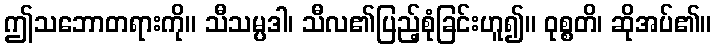
ဤသဘောတရားကို။ သီသမ္ပဒါ၊ သီလ၏ပြည့်စုံခြင်းဟူ၍။ ဝုစ္စတိ၊ ဆိုအပ်၏။